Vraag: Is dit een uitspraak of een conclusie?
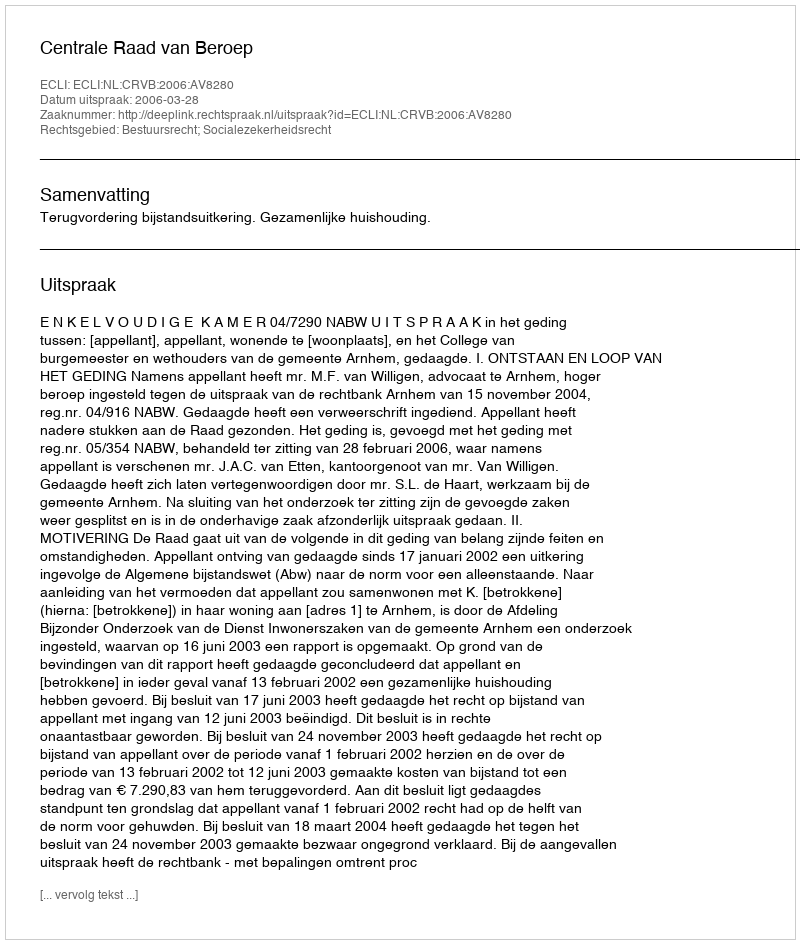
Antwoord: Uitspraak